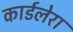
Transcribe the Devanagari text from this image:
कार्डलेरा